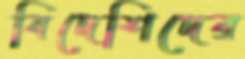
বিদেশিদের